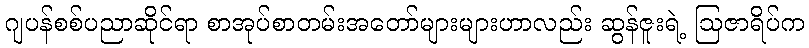
ဂျပန်စစ်ပညာဆိုင်ရာ စာအုပ်စာတမ်းအတော်များများဟာလည်း ဆွန်ဇူးရဲ့ ဩဇာရိပ်က